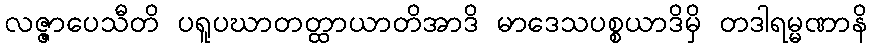
လဇ္ဇာပေသီတိ ပရူပဃာတတ္ထာယာတိအာဒိ မာဒေသပစ္စယာဒိမှိ တဒါရမ္မဏာနိ